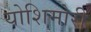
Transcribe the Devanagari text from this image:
योशिमोरी